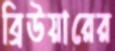
ব্রিউয়ারের